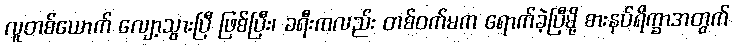
လူတစ်ယောက် လျော့သွားပြီ ဖြစ်ပြီး၊ ခရီးကလည်း တစ်ဝက်မက ရောက်ခဲ့ပြီမို့ စားနပ်ရိက္ခာအတွက်